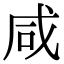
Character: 咸